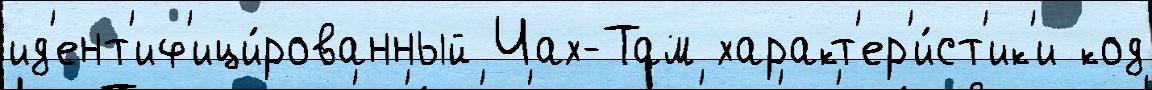
ид'ент'иф'ици́рованный Чах-Там характ'ер'и́ст'ик'и код